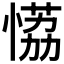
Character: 𰑾